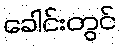
ခေါင်းတွင်